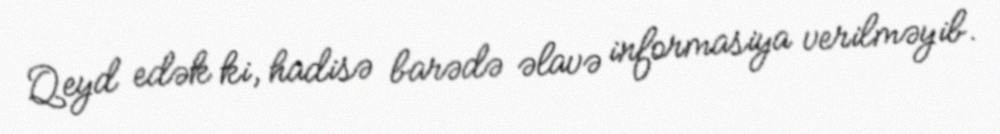
Qeyd edək ki, hadisə barədə əlavə informasiya verilməyib.